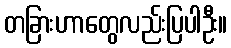
တခြားဟာတွေလည်းပြပါဦး။